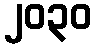
၂၀၃၀